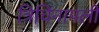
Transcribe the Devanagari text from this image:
त्रिचिनापली